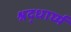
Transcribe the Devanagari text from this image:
श्रद्धार्घ्य